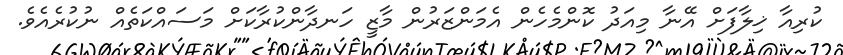
ކުރިއާ ޚިލާފަށް އޭނާ މިއަދު ކޮންމެހެން އެމަންޒަރުން މާޒީ ހަނދާންކުރާކަށް މަސައްކަތެއް ނުކުރެއެވެ.